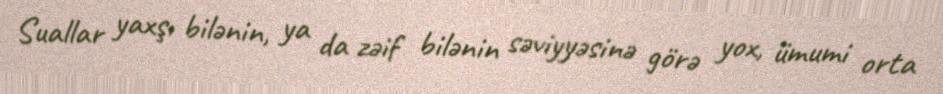
Suallar yaxşı bilənin, ya da zəif bilənin səviyyəsinə görə yox, ümumi orta